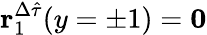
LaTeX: \mathbf{r}_{1}^{\Delta\hat{\tau}}(y=\pm 1)=\mathbf{0}